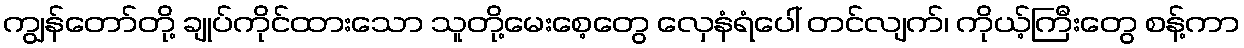
ကျွန်တော်တို့ ချုပ်ကိုင်ထားသော သူတို့မေးစေ့တွေ လှေနံရံပေါ် တင်လျက်၊ ကိုယ့်ကြီးတွေ စန့်ကာ